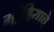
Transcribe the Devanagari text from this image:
गांबियाचे